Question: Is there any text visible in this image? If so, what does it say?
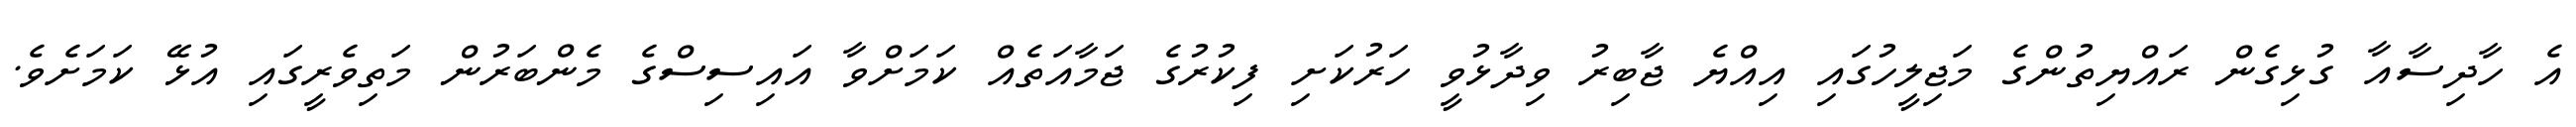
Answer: އެ ހާދިސާއާ ގުޅިގެން ރައްޔިތުންގެ މަޖިލީހުގައި އިއްޔެ ޖާބިރު ވިދާޅުވީ ހަރުކަށި ފިކުރުގެ ޖަމާއަތެއް ކަމަށްވާ އައިސިސްގެ މެންބަރުން މަތިވެރީގައި އުޅޭ ކަމަށެވެ.